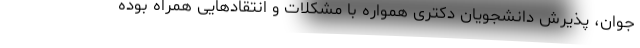
جوان، پذیرش دانشجویان دکتری همواره با مشکلات و انتقاد‌هایی همراه بوده